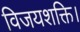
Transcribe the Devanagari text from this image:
विजयशक्ति।